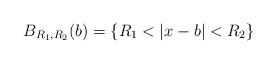
LaTeX: \begin{align*}B_{R_{1},R_{2}}(b) =\left\lbrace R_{1}< |x-b|< R_{2}\right\rbrace\end{align*}